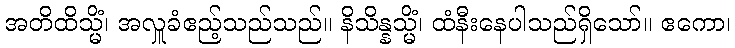
အတိထိသ္မိံ၊ အလှူခံဧည့်သည်သည်။ နိသိန္နသ္မိံ၊ ထံနီးနေပါသည်ရှိသော်။ ဧကော၊